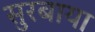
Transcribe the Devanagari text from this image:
सुरबाया